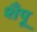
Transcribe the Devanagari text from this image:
शँपू